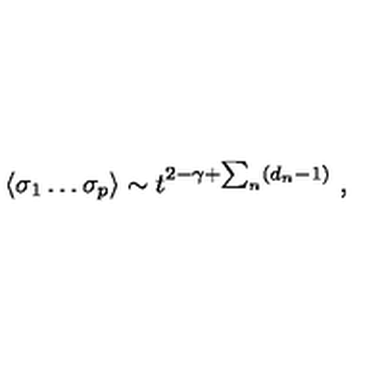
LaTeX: \langle \sigma _ { 1 } \dots \sigma _ { p } \rangle \sim t ^ { 2 - \gamma + \sum _ { n } ( d _ { n } - 1 ) } \ ,